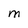
Character: m